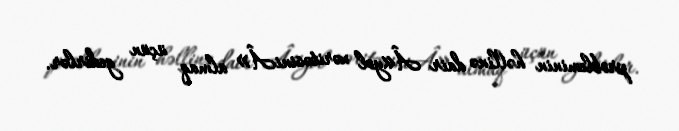
probleminin həllinə dair Â«yol xəritəsiniÂ» almaq üçün gedirlər.